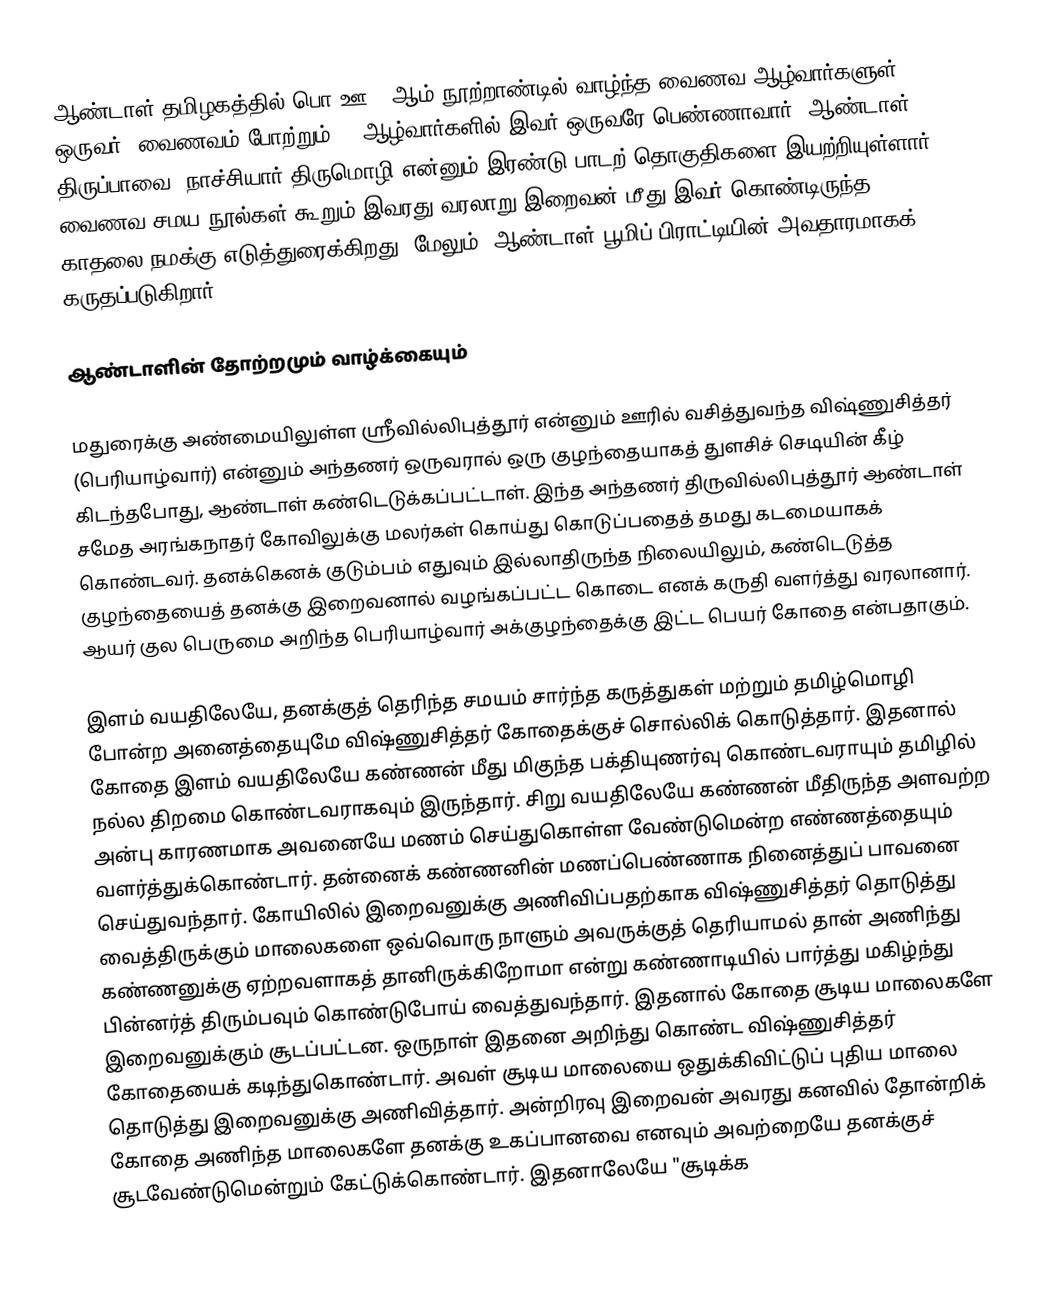
ஆண்டாள் தமிழகத்தில் பொ.ஊ. 7ஆம் நூற்றாண்டில் வாழ்ந்த வைணவ ஆழ்வார்களுள் ஒருவர். வைணவம் போற்றும் 12 ஆழ்வார்களில் இவர் ஒருவரே பெண்ணாவார். ஆண்டாள், திருப்பாவை, நாச்சியார் திருமொழி என்னும் இரண்டு பாடற் தொகுதிகளை இயற்றியுள்ளார். வைணவ சமய நூல்கள் கூறும் இவரது வரலாறு இறைவன் மீது இவர் கொண்டிருந்த காதலை நமக்கு எடுத்துரைக்கிறது. மேலும், ஆண்டாள் பூமிப் பிராட்டியின் அவதாரமாகக் கருதப்படுகிறார்.

ஆண்டாளின் தோற்றமும் வாழ்க்கையும்

மதுரைக்கு அண்மையிலுள்ள ஸ்ரீவில்லிபுத்தூர் என்னும் ஊரில் வசித்துவந்த விஷ்ணுசித்தர் (பெரியாழ்வார்) என்னும் அந்தணர் ஒருவரால் ஒரு குழந்தையாகத்  துளசிச் செடியின் கீழ் கிடந்தபோது, ஆண்டாள் கண்டெடுக்கப்பட்டாள். இந்த அந்தணர் திருவில்லிபுத்தூர் ஆண்டாள் சமேத அரங்கநாதர் கோவிலுக்கு மலர்கள் கொய்து கொடுப்பதைத் தமது கடமையாகக் கொண்டவர். தனக்கெனக் குடும்பம் எதுவும் இல்லாதிருந்த நிலையிலும், கண்டெடுத்த குழந்தையைத்  தனக்கு இறைவனால் வழங்கப்பட்ட கொடை எனக் கருதி வளர்த்து வரலானார். ஆயர் குல பெருமை அறிந்த பெரியாழ்வார் அக்குழந்தைக்கு இட்ட பெயர் கோதை என்பதாகும்.

இளம் வயதிலேயே, தனக்குத் தெரிந்த சமயம் சார்ந்த கருத்துகள் மற்றும் தமிழ்மொழி போன்ற அனைத்தையுமே விஷ்ணுசித்தர் கோதைக்குச் சொல்லிக் கொடுத்தார். இதனால் கோதை இளம் வயதிலேயே கண்ணன் மீது மிகுந்த பக்தியுணர்வு கொண்டவராயும் தமிழில் நல்ல திறமை கொண்டவராகவும் இருந்தார். சிறு வயதிலேயே கண்ணன் மீதிருந்த அளவற்ற அன்பு காரணமாக அவனையே மணம் செய்துகொள்ள வேண்டுமென்ற எண்ணத்தையும் வளர்த்துக்கொண்டார். தன்னைக் கண்ணனின் மணப்பெண்ணாக நினைத்துப் பாவனை செய்துவந்தார். கோயிலில் இறைவனுக்கு அணிவிப்பதற்காக விஷ்ணுசித்தர் தொடுத்து வைத்திருக்கும் மாலைகளை ஒவ்வொரு நாளும் அவருக்குத் தெரியாமல் தான் அணிந்து  கண்ணனுக்கு ஏற்றவளாகத் தானிருக்கிறோமா என்று கண்ணாடியில் பார்த்து மகிழ்ந்து பின்னர்த் திரும்பவும் கொண்டுபோய் வைத்துவந்தார். இதனால் கோதை சூடிய மாலைகளே இறைவனுக்கும் சூடப்பட்டன. ஒருநாள் இதனை அறிந்து கொண்ட விஷ்ணுசித்தர் கோதையைக் கடிந்துகொண்டார். அவள் சூடிய மாலையை ஒதுக்கிவிட்டுப் புதிய மாலை தொடுத்து இறைவனுக்கு அணிவித்தார். அன்றிரவு இறைவன் அவரது கனவில் தோன்றிக் கோதை அணிந்த மாலைகளே தனக்கு உகப்பானவை எனவும் அவற்றையே தனக்குச் சூடவேண்டுமென்றும் கேட்டுக்கொண்டார். இதனாலேயே "சூடிக்க